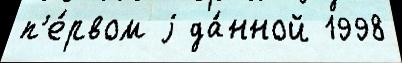
п'е́рвом j да́нной 1998